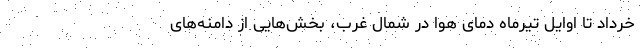
خرداد تا اوایل تیرماه دمای هوا در شمال غرب، بخش‌هایی از دامنه‌های